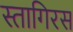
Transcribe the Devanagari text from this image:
स्तागिरस